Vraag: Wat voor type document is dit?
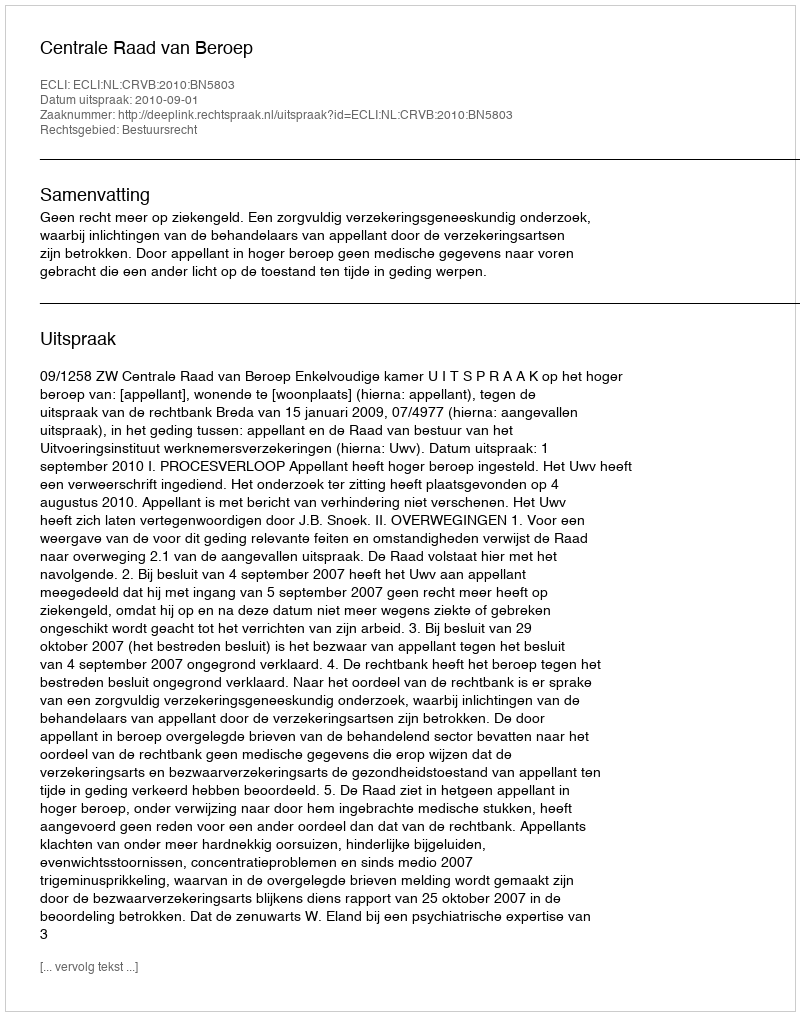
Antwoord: Uitspraak